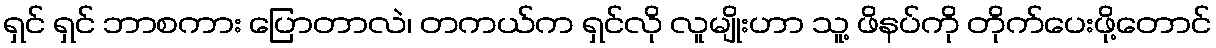
ရှင် ရှင် ဘာစကား ပြောတာလဲ၊ တကယ်က ရှင်လို လူမျိုးဟာ သူ့ ဖိနပ်ကို တိုက်ပေးဖို့တောင်